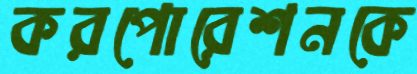
করপোরেশনকে